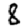
Digit: 8